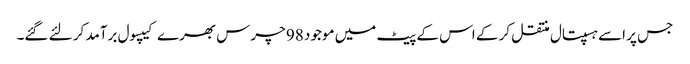
جس پر اسے ہسپتال منتقل کر کے اس کے پیٹ میں موجود 98 چرس بھرے کیپسول برآمد کر لئے گئے۔